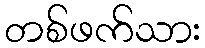
တစ်ဖက်သား